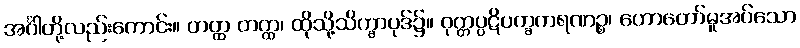
အင်္ဂါတို့လည်းကောင်း။ တတ္ထ တတ္ထ၊ ထိုသို့သိက္ခာပုဒ်၌။ ဝုတ္တပ္ပဋိပက္ခကရဏဉ္စ၊ ဟောတော်မူအပ်သော